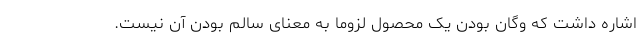
اشاره داشت که وگان بودن یک محصول لزوما به معنای سالم بودن آن نیست.